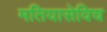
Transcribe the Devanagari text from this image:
मतियासेविच